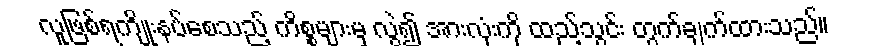
လူဖြစ်ရကျိုးနပ်စေသည့် ကိစ္စများမှ လွဲ၍ အားလုံးကို ထည့်သွင်း တွက်ချက်ထားသည်။